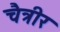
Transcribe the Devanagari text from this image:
चैत्रीर